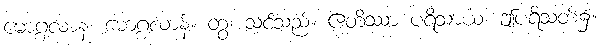
မောဂ္ဂလာန၊ မောဂ္ဂလာန်။ တွံ၊ သင်သည်။ ဧတိဿာ ပရိသာယ၊ ဤပရိသတ်၌။